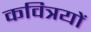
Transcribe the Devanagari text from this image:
कवित्रयों